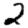
Digit: 2